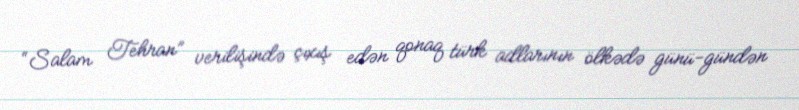
“Salam Tehran” verilişində çıxış edən qonaq türk adlarının ölkədə günü-gündən